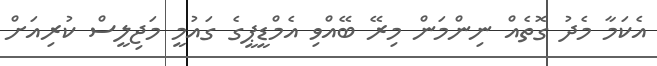
އެކަމާ މެދު ގޮތެއް ނިންމަން މިރޭ ބޭއްވި އެމްޑީޕީގެ ގައުމީ މަޖިލީސް ކުރިއަށް